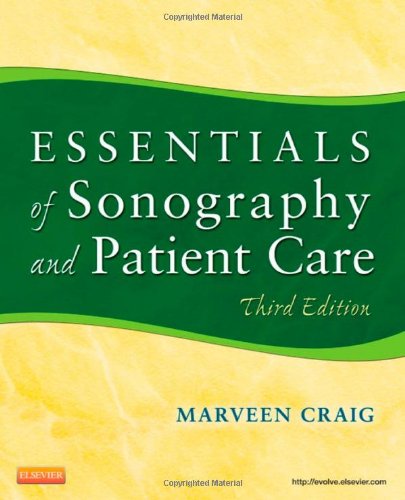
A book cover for Essentials of Sonography and Patient Care, 3e; Robert de Jong RDMS; Medical Books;